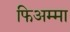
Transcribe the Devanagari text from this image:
फिअम्मा